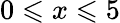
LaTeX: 0\leqslant x\leqslant 5